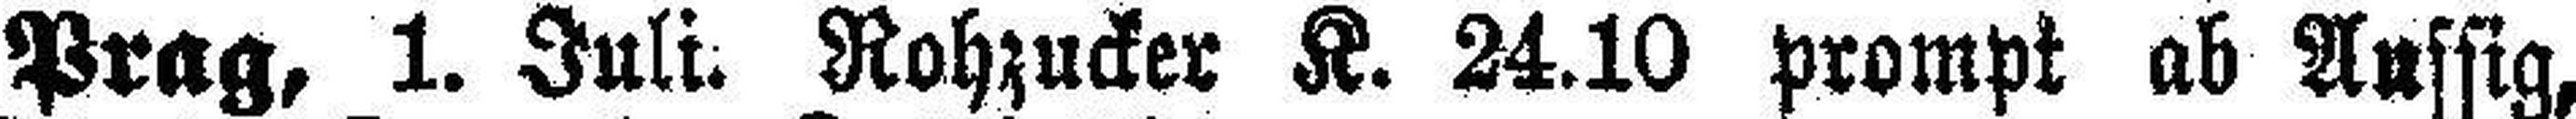
Prag, 1. Juli. Rohzucker K. 24.10 prompt ab Aussig,